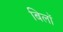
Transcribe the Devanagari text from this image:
बिलॉ